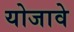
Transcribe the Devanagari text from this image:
योजावे